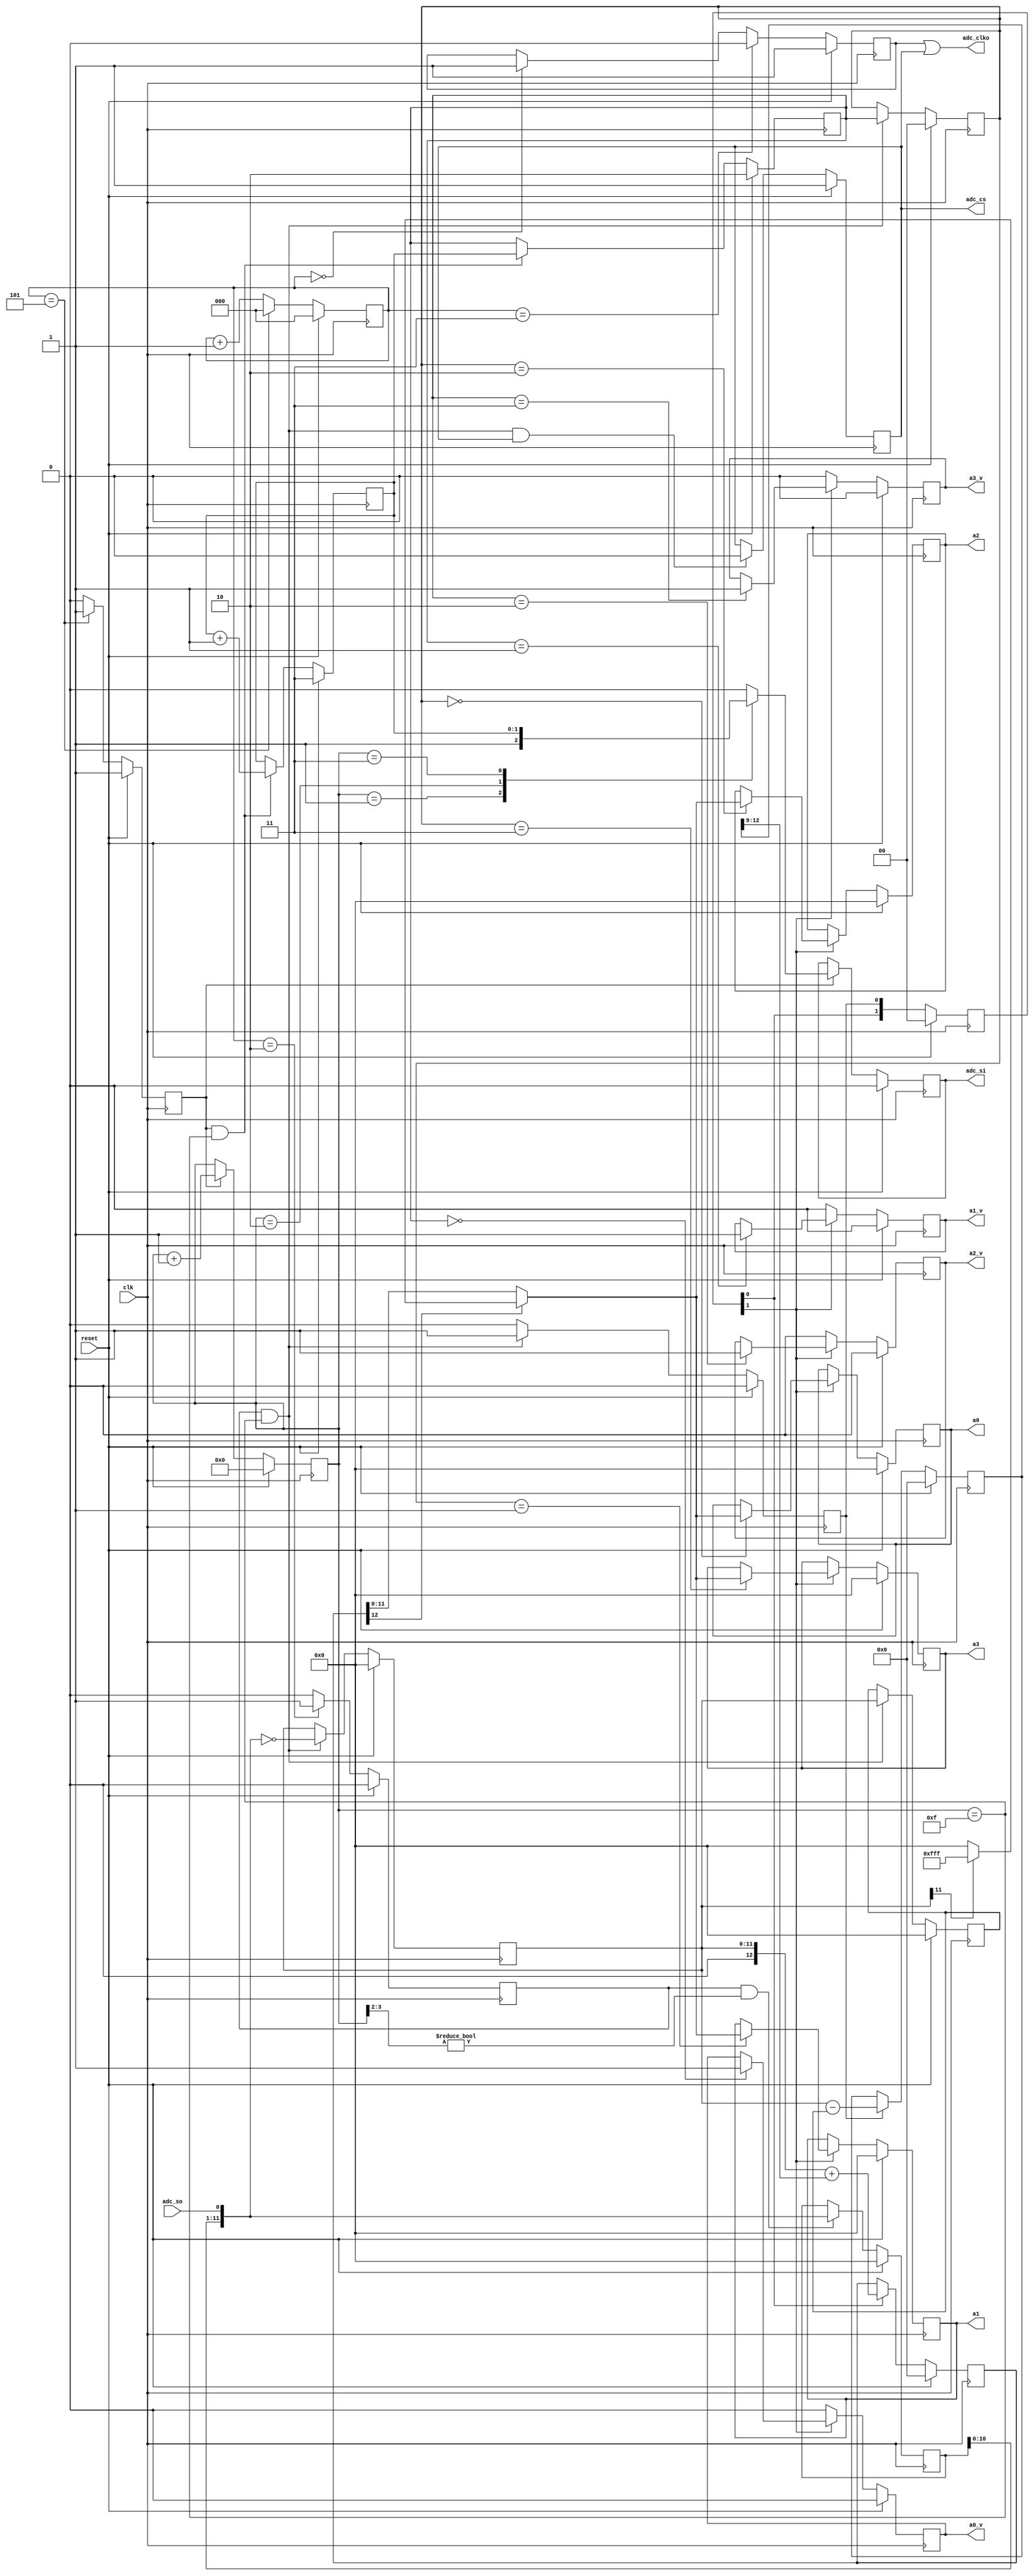
// This program was cloned from: https://github.com/emeb/up5k_osc
// License: MIT License

// adc.v - driver logic for adc124s051 4-chl 12-bit 500kSPS ADC
// 03-18-21 E. Brombaugh

`default_nettype none

module adc(
    input clk,              // 48MHz CPU clock
    input reset,            // Low-true reset
    
	output reg adc_cs, adc_si,
	output adc_clko,
	input adc_so,
	
	output reg [11:0] a0, a1, a2, a3,
	
	output reg a0_v, a1_v, a2_v, a3_v
);
	// divide 48MHz clock down to 8MHz max that ADC allows
	reg clk_ena, clk_ena_180, adc_clk;
	reg [2:0] clk_div;
	always @(posedge clk)
		if(reset)
		begin
			clk_div <= 3'd0;
			clk_ena <= 1'b1;
			clk_ena_180 <= 1'b0;
			adc_clk <= 1'b1;
		end
		else
		begin
			clk_div <= clk_div + 3'd1;
			clk_ena <= 1'b0;
			clk_ena_180 <= 1'b0;
			
			if(clk_div == 3'd0)
				adc_clk <= 1'b1;
				
			if(clk_div == 3'd2)
				clk_ena_180 <= 1'b1;
			
			if(clk_div == 3'd3)
				adc_clk <= 1'b0;
			
			if(clk_div == 3'd5)
			begin
				clk_ena <= 1'b1;
				clk_div <= 3'd0;
			end
		end
		
	// state machine generates cs, si (input to ADC) and assembles result
	reg [3:0] adc_cnt;
	reg [1:0] adc_chl, adc_pchl, data_chl;
	reg [11:0] sreg, data_curr, data_prev;
	reg data_valid;
	always @(posedge clk)
		if(reset)
		begin
			adc_cs <= 1'b1;
			adc_si <= 1'b0;
			adc_cnt <= 4'h0;
			adc_chl <= 2'b11;
			adc_pchl <= 2'b10;
			sreg <= 12'h000;
			data_curr <= 12'h000;
			data_prev <= 12'h000;
			data_chl <= 2'b00;
			data_valid <= 1'b0;
		end
		else
		begin
			// count always advances
			if(clk_ena)
				adc_cnt <= adc_cnt + 1;
			
			// channel advances at end of cycle
			if(clk_ena && (adc_cnt == 4'hf))
			begin
				adc_chl <= adc_chl + 1;
				adc_pchl <= adc_chl;
			end
			
			// cs drops after first count cycle
			if(clk_ena_180 && (adc_cnt == 4'hf) && adc_cs)
				adc_cs <= 1'b0;
			
			// si shifts out chl addr on cycles 3,4 (bits 4, 3)
			if(clk_ena)
				case(adc_cnt)
					4'h1: adc_si <= 1'b1;
					4'h2: adc_si <= adc_chl[1];
					4'h3: adc_si <= adc_chl[0];
					default: adc_si <= 1'b0;
				endcase
			
			// input shift register
			if(clk_ena_180 & (adc_cnt[3:2]!=2'b00))
				sreg[11:0] <= {sreg[10:0],adc_so};
			
			// output holding registers with inversion
			if(clk_ena_180 && (adc_cnt == 4'hf))
			begin
				data_curr <= ~{sreg[10:0],adc_so};
				data_prev <= data_curr;
				data_chl <= adc_pchl;
				data_valid <= 1'b1;
			end
			else
				data_valid <= 1'b0;
		end
	
	// crosstalk correction pipeline
	reg [2:0] cena_pipe;
	reg signed [12:0] cdiff, csum;
	always @(posedge clk)
		if(reset)
		begin
			cena_pipe <= 3'b000;
			cdiff <= 12'h000;
			csum <= 12'h000;
		end
		else
		begin
			// pipelined enable from previous valid
			cena_pipe <= {cena_pipe[1:0],data_valid};
			
			// compute difference
			if(data_valid)
				cdiff <= $signed({1'b0,data_curr}) - $signed({1'b0,data_prev});
			
			// add scaled difference to current
			if(cena_pipe[0])
				csum <= $signed({1'b0,data_curr}) + (cdiff >>> 9);
		end

	// saturate to proper limits
	reg [11:0] corrected;
	always @(*)
		if(csum[12])
		begin
			if(data_curr[11])
				corrected = 12'hfff;
			else
				corrected = 12'h000;
		end
		else
			corrected = csum[11:0];
			
	wire corrected_valid = cena_pipe[1];
		
	// demux and final output result
	always @(posedge clk)
		if(reset)
		begin
			a0 <= 12'd0;
			a1 <= 12'd0;
			a2 <= 12'd0;
			a3 <= 12'd0;
			a0_v <= 1'b0;
			a1_v <= 1'b0;
			a2_v <= 1'b0;
			a3_v <= 1'b0;
		end
		else
		begin
			// holding regs
			if(corrected_valid)
				case(data_chl)
					2'b00: a0 <= corrected;
					2'b01: a1 <= corrected;
					2'b10: a2 <= corrected;
					2'b11: a3 <= corrected;
				endcase
			
			// output valids
			if(corrected_valid)
				case(adc_pchl)
					2'b00: a0_v <= 1'b1;
					2'b01: a1_v <= 1'b1;
					2'b10: a2_v <= 1'b1;
					2'b11: a3_v <= 1'b1;
				endcase
			else
			begin
				a0_v <= 1'b0;
				a1_v <= 1'b0;
				a2_v <= 1'b0;
				a3_v <= 1'b0;
			end
		end
	
	// disable adc_clko when cs high
	assign adc_clko = adc_clk | adc_cs;
endmodule